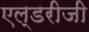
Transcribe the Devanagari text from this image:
एल्डरीजी